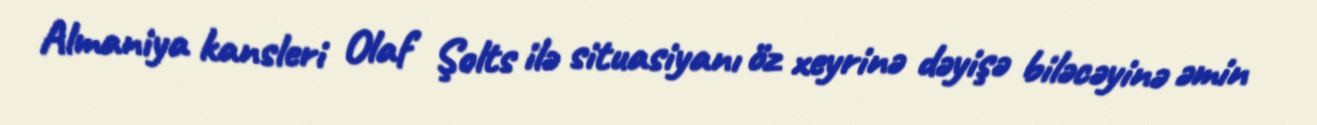
Almaniya kansleri Olaf Şolts ilə situasiyanı öz xeyrinə dəyişə biləcəyinə əmin